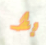
بط